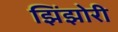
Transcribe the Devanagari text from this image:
झिंझोरी